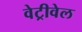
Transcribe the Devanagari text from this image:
वेट्रीवेल